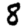
Digit: 8